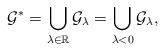
LaTeX: \begin{align*} \mathcal{G}^{\ast} = \bigcup_{\lambda \in\mathbb{R}} \mathcal{G}_{\lambda} = \bigcup _{\lambda < 0} \mathcal{G}_{\lambda},\end{align*}